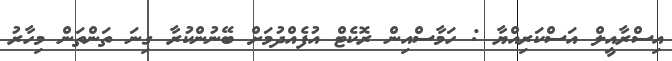
އިސްރާއީލް އަސްކަރިއްޔާ : ހަމާސްއިން ރޮކެޓް އުފެއްދުމަށް ބޭނުންކުރާ ގިނަ ތަންތަން މިހާރު